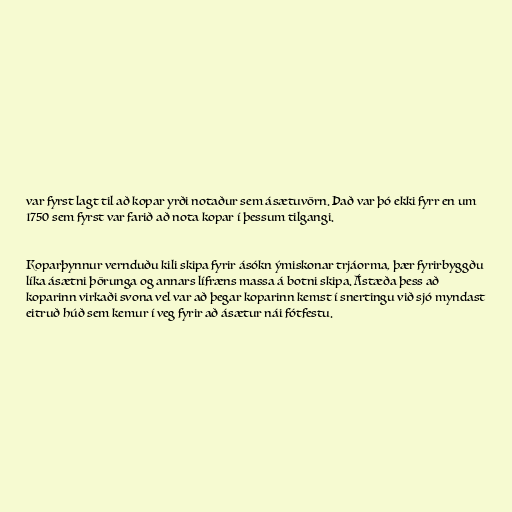
var fyrst lagt til að kopar yrði notaður sem ásætuvörn. Það var þó ekki fyrr en um
1750 sem fyrst var farið að nota kopar í þessum tilgangi.

Koparþynnur vernduðu kili skipa fyrir ásókn ýmiskonar trjáorma, þær fyrirbyggðu
líka ásætni þörunga og annars lífræns massa á botni skipa. Ástæða þess að
koparinn virkaði svona vel var að þegar koparinn kemst í snertingu við sjó myndast
eitruð húð sem kemur í veg fyrir að ásætur nái fótfestu.